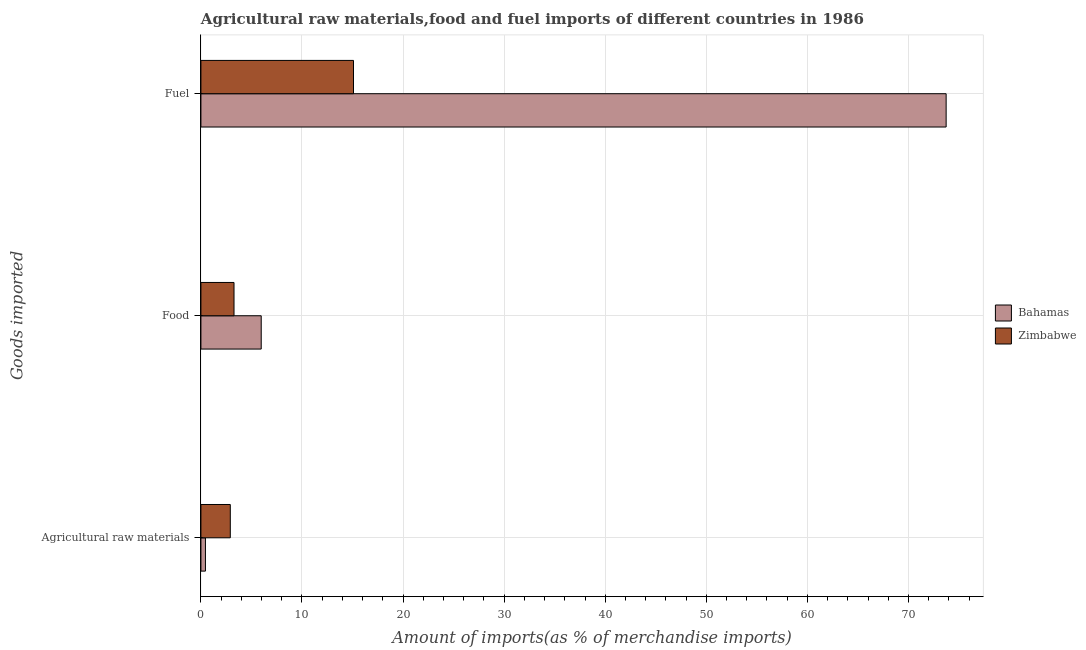
| Goods imported | Bahamas | Zimbabwe |
 | --- | --- | --- |
 | Agricultural raw materials | 0.449 | 2.91 |
 | Food | 5.97 | 3.27 |
 | Fuel | 73.7 | 15.1 |